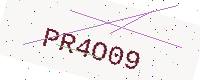
Text: PR4O09